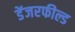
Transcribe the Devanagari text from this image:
डेंजरफील्ड